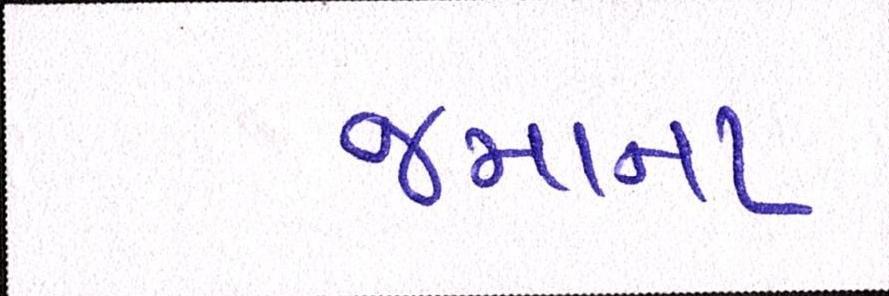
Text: જમાના